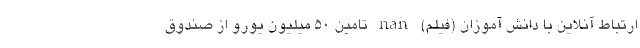
ارتباط آنلاین با دانش آموزان (فیلم) nan تامین ۵٠ میلیون یورو از صندوق